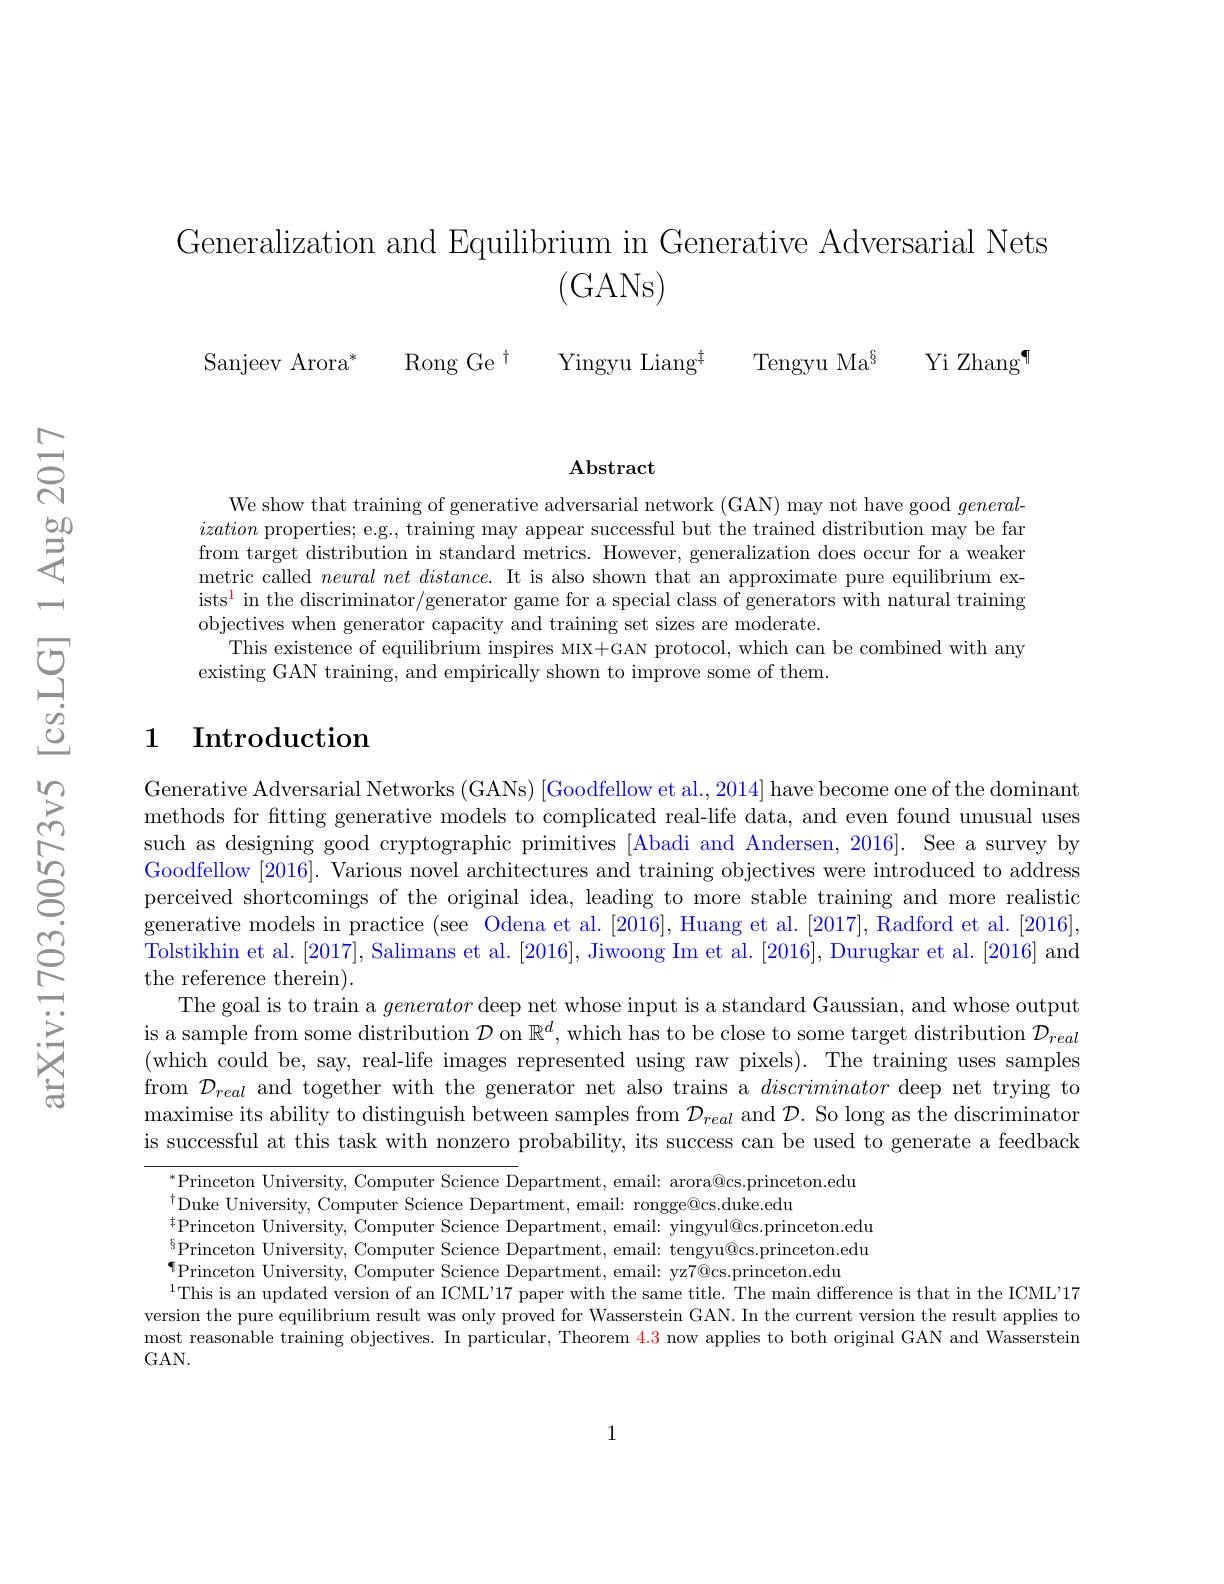
Generalization and Equilibrium in Generative Adversarial Nets
(GANs)

Tengyu Ma$^{\S}$ Yi Zhang¶

Yingyu Liang$^{\ddagger}$

Sanjeev Arora$^*$ Rong Ge$^\dagger$

$\mathbf{Abstract}$

We show that training of generative adversarial network (GAN) may not have good $general-$ ization properties; e.g., training may appear successful but the trained distribution may be far from target distribution in standard metrics. However, generalization does occur for a weaker metric called $neural\textit{net distance. It is also shown that an approximate pure equilibrium ex- }$ ists$^1$ in the discriminator/generator game for a special class of generators with natural training objectives when generator capacity and training set sizes are moderate.
This existence of equilibrium inspires MIX+GAN protocol, which can be combined with any
existing GAN training, and empirically shown to improve some of them.

## 1 Introduction

Generative Adversarial Networks (GANs) [Goodfellow et al., 2014] have become one of the dominant methods for fitting generative models to complicated real-life data, and even found unusual uses such as designing good cryptographic primitives [Abadi and Andersen, 2016]. See a survey by Goodfellow [2016]. Various novel architectures and training objectives were introduced to address perceived shortcomings of the original idea, leading to more stable training and more realistic generative models in practice (see Odena et al. [2016], Huang et al. [2017], Radford et al. [2016], Tolstikhin et al. [2017], Salimans et al. [2016], Jiwoong Im et al. [2016], Durugkar et al. [2016] and the reference therein).
The goal is to train a generator deep net whose input is a standard Gaussian, and whose output is a sample from some distribution $\mathcal{D}$ on $\mathbb{R}^d$, which has to be close to some target distribution $\mathcal{D}_real$ (which could be, say, real-life images represented using raw pixels). The training uses samples from $\mathcal{D}_real$ and together with the generator net also trains a discriminator deep net trying to maximise its ability to distinguish between samples from $\mathcal{D}_{real}$ and $\mathcal{D}.$ So long as the discriminator is successful at this task with nonzero probability, its success can be used to generate a feedback

$^*$Princeton University, Computer Science Department, email: arora@cs.princeton.edu
$^{\dagger}$Duke University, Computer Science Department, email: rongge@cs.duke.edu
$\underset{\mathrm{c}}{\operatorname*{\operatorname*{\operatorname*{\text{Princeton University, Computer Science Department, email: yingyul@cs.princeton.edu}}}}}$ $^{6}$Princeton University, Computer Science Department, email: tengyu@cs.princeton.edu $\P$Princeton University, Computer Science Department, email: yz7@cs.princeton.edu
$^{1}$This is an updated version of an ICML'17 paper with the same title. The main difference is that in the ICML'17 version the pure equilibrium result was only proved for Wasserstein GAN. In the current version the result applies to most reasonable training objectives. In particular, Theorem $\color{red}{4.3}$ now applies to both original GAN and Wasserstein GAN.